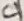
Text: C1